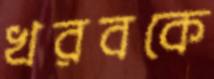
খরবকে